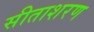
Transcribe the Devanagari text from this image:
सीताशरण